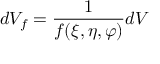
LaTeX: d V _ { f } = \frac { 1 } { f ( \xi , \eta , \varphi ) } d V